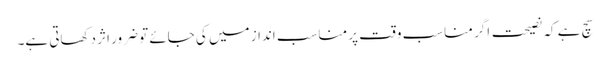
سچ ہے کہ نصیحت اگر مناسب وقت پر مناسب انداز میں کی جائے تو ضرور اثر دکھاتی ہے۔